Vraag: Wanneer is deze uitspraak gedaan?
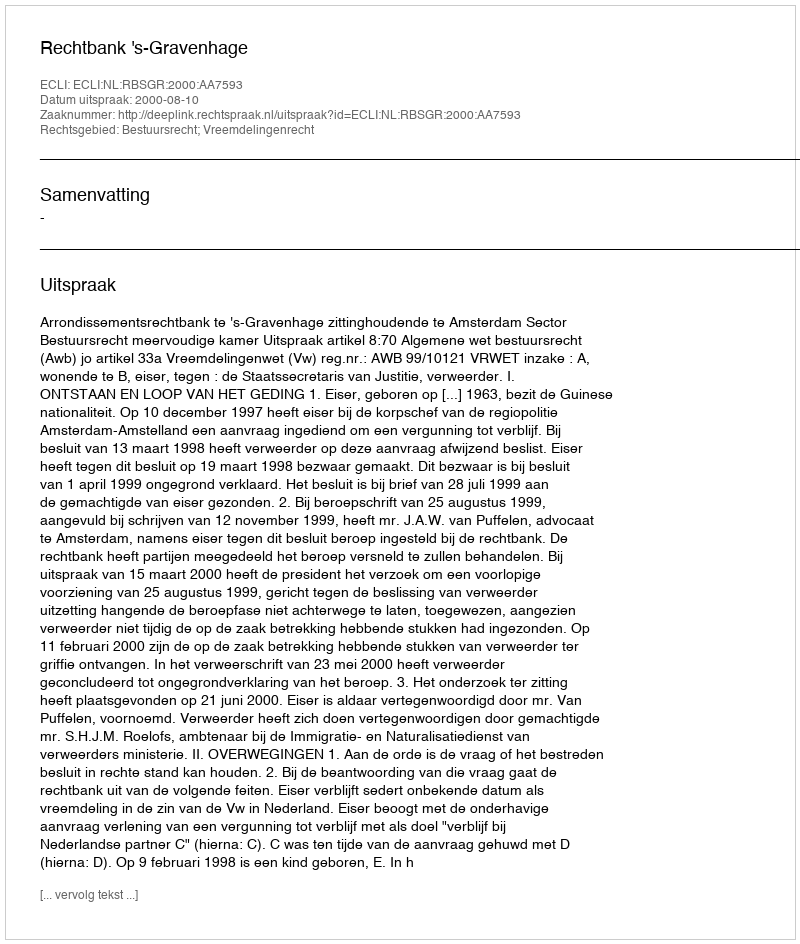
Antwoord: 2000-08-10